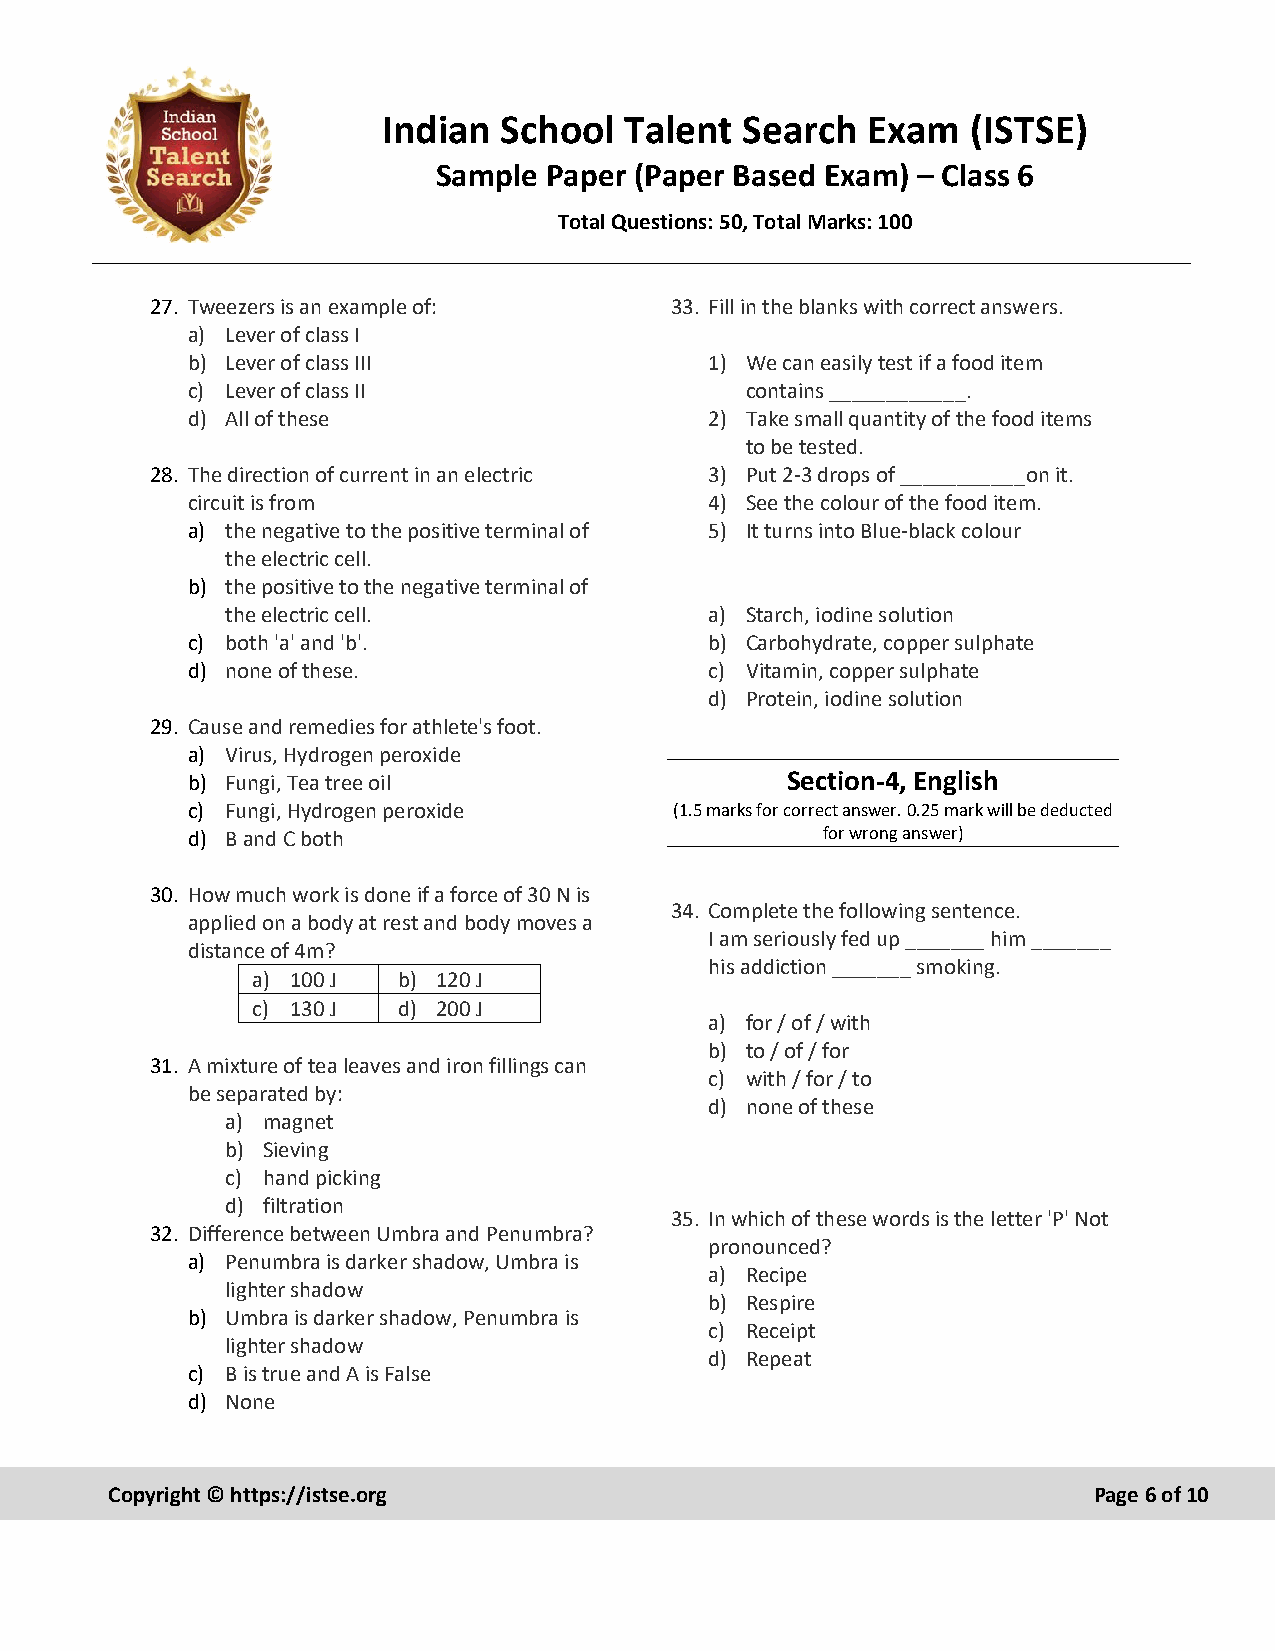
Indian  School  Talent  Search  Exam   (ISTSE)
 Sample Paper (Paper Based Exam) – Class 6
 Total Questions: 50, Total Marks: 100
 27. Tweezers is an example of:    33. Fill in the blanks with correct answers.
 a) Lever of class I
 b) Lever of class III              1) We can easily test if a food item
 c) Lever of class II                 contains ____________.
 d) All of these                    2) Take small quantity of the food items
 to be tested.
 28. The direction of current in an electric 3) Put 2-3 drops of ___________on it.
 circuit is from                    4) See the colour of the food item.
 a) the negative to the positive terminal of 5) It turns into Blue-black colour
 the electric cell.
 b) the positive to the negative terminal of
 the electric cell.              a) Starch, iodine solution
 c) both 'a' and 'b'.               b) Carbohydrate, copper sulphate
 d) none of these.                  c) Vitamin, copper sulphate
 d) Protein, iodine solution
 29. Cause and remedies for athlete's foot.
 a) Virus, Hydrogen peroxide
 b) Fungi, Tea tree oil                  Section-4, English
 c) Fungi, Hydrogen peroxide      (1.5 marks for correct answer. 0.25 mark will be deducted
 d) B and C both                            for wrong answer)
 30. How much work is done if a force of 30 N is
 34. Complete the following sentence.
 applied on a body at rest and body moves a
 I am seriously fed up _______ him _______
 distance of 4m?
 his addiction _______ smoking.
 a) 100 J b) 120 J
 c) 130 J d) 200 J
 a) for / of / with
 b) to / of / for
 31. A mixture of tea leaves and iron fillings can
 c) with / for / to
 be separated by:
 d) none of these
 a) magnet
 b) Sieving
 c) hand picking
 d) filtration
 35. In which of these words is the letter 'P' Not
 32. Difference between Umbra and Penumbra?
 pronounced?
 a) Penumbra is darker shadow, Umbra is
 a) Recipe
 lighter shadow
 b) Respire
 b) Umbra is darker shadow, Penumbra is
 c) Receipt
 lighter shadow
 d) Repeat
 c) B is true and A is False
 d) None
 Copyright © https://istse.org                                    Page 6 of 10